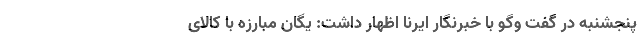
پنجشنبه در گفت وگو با خبرنگار ایرنا اظهار داشت: یگان مبارزه با کالای